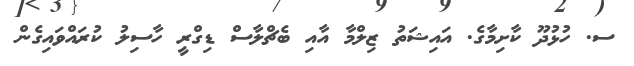
ސ. ހުޅުދޫ ކާށިމާގެ. އައިޝަތު ޒިލްމާ އާއި ބެޗްލާސް ޑިގްރީ ހާސިލު ކުރައްވައިގެން